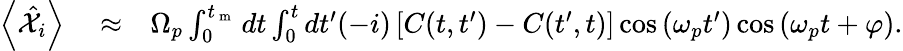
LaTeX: \begin{array}{rlr}{\left<\hat{\mathcal X}_{i}\right>}&{{}\approx}&{\Omega_{p}\int_{0}^{t_{\mathrm{~m~}}}dt\int_{0}^{t}dt^{\prime}(-i)\left[C(t,t^{\prime})-C(t^{\prime},t)\right]\cos\left(\omega_{p}t^{\prime}\right)\cos\left(\omega_{p}t+\varphi\right).}\end{array}